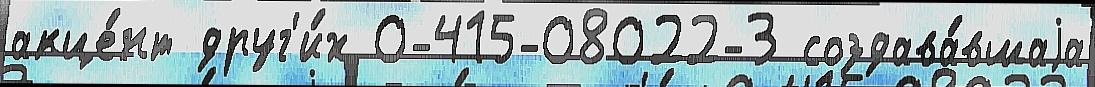
акце́нт друг'и́х 0-415-08022-3 создава́вшаjа